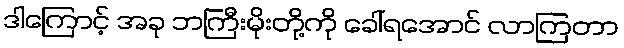
ဒါကြောင့် အခု ဘကြီးမိုးတို့ကို ခေါ်ရအောင် လာကြတာ